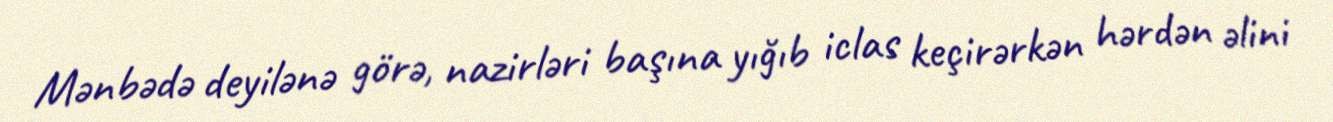
Mənbədə deyilənə görə, nazirləri başına yığıb iclas keçirərkən hərdən əlini